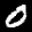
Label: 0